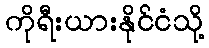
ကိုရီးယားနိုင်ငံသို့